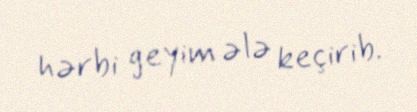
hərbi geyim ələ keçirib.